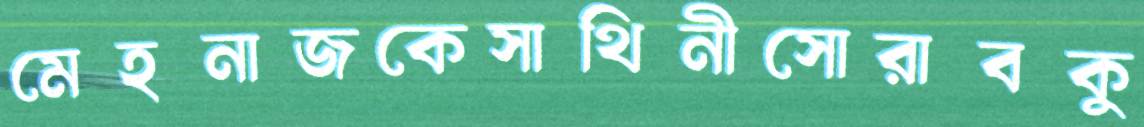
মেহনাজকেসাথিনীসোরাবকু